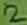
Text: 2